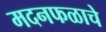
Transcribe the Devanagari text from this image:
मदनफळाचे